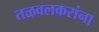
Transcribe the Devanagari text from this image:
तळवलकरांना